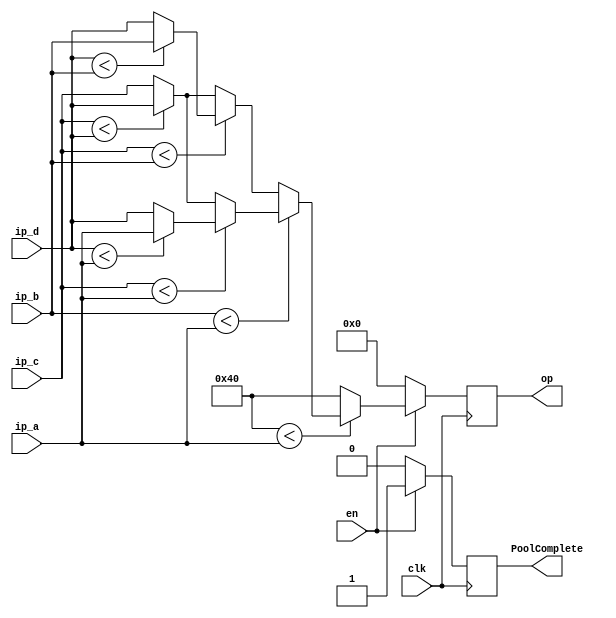
`timescale 1ns / 1ps
module maxPooling(input clk,
		  input [7:0] ip_a, //inputa
		  input [7:0] ip_b, //inputb	
		  input [7:0] ip_c, //inputc
		  input [7:0] ip_d, //inputd
                  input en,  //en pin
		  output reg signed [7:0] op, //output
                  output reg PoolComplete);
	reg [7:0] initialMax = 7'b1000000;
	reg [7:0] tempOutput;
	always @ (posedge clk) begin
		if(en) begin
			if($signed(initialMax) < $signed(ip_a)) begin
				if($signed(ip_b) < $signed(ip_a)) begin
					if($signed(ip_c) < $signed(ip_a)) begin
						if($signed(ip_d) < $signed(ip_a)) begin
							op <= ip_a;
							PoolComplete <= 1;
						end
						else begin
							op <= ip_d;
							PoolComplete <= 1;
						end
					end
					else begin
						if($signed(ip_c) < $signed(ip_d)) begin
							op <= ip_d;
							PoolComplete <= 1;
						end
						else begin
							op <= ip_c;
							PoolComplete <= 1;
						end
					end
				end
				else begin
					if($signed(ip_c) < $signed(ip_b)) begin
						if($signed(ip_d) < $signed(ip_b)) begin
							op <= ip_b;
							PoolComplete <= 1;
						end
						else begin
							op <= ip_d;
							PoolComplete <= 1;
						end
					end
					else begin
						if($signed(ip_c) < $signed(ip_d)) begin
							op <= ip_d;
							PoolComplete <= 1;
						end
						else begin
							op <= ip_c;
							PoolComplete <= 1;
						end
					end 
				end
			end
			else begin
				op <= initialMax;
				PoolComplete <= 1;
			end
		end
		else begin
			op <= 0;
			PoolComplete <= 0;
		end
	end
endmodule